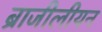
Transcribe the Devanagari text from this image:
ब्राजीलीयन